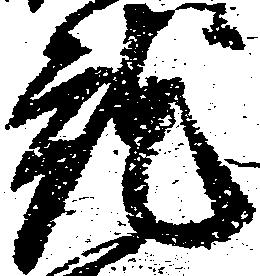
就